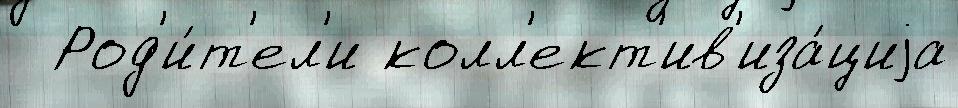
  Род'и́т'ел'и колл'ект'ив'иза́циjа